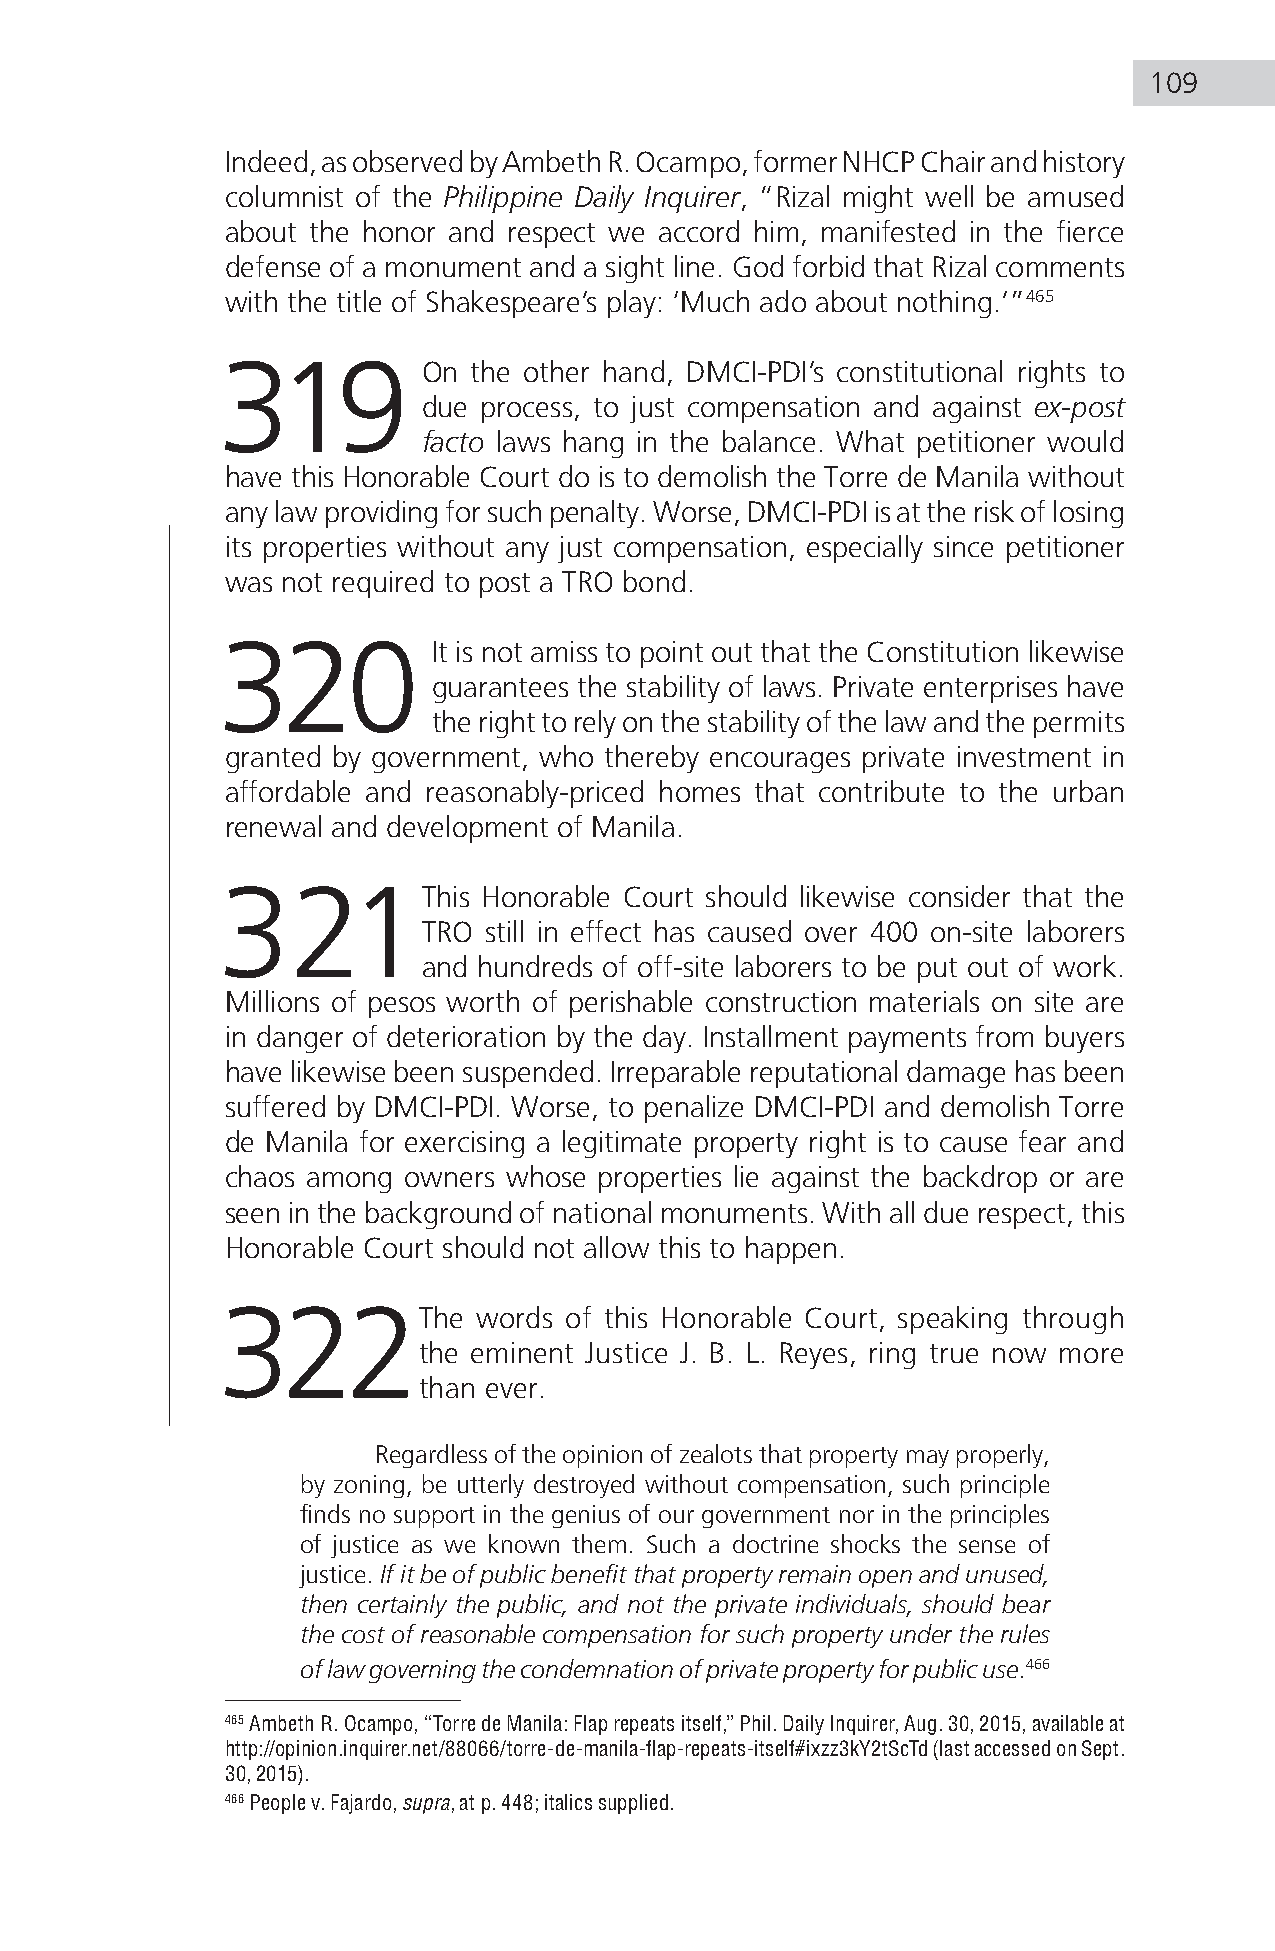
109
 Indeed, as observed by Ambeth R. Ocampo, former NHCP Chair and history
 columnist of the Philippine Daily Inquirer, “Rizal might well be amused
 about the honor and respect we accord him, manifested in the fierce
 defense of a monument and a sight line. God forbid that Rizal comments
 with the title of Shakespeare’s play: ‘Much ado about nothing.’”465
 319           On the other hand, DMCI-PDI’s constitutional rights to
 due process, to just compensation and against ex-post
 facto laws hang in the balance. What petitioner would
 have this Honorable Court do is to demolish the Torre de Manila without
 any law providing for such penalty. Worse, DMCI-PDI is at the risk of losing
 its properties without any just compensation, especially since petitioner
 was not required to post a TRO bond.
 320            It is not amiss to point out that the Constitution likewise
 guarantees the stability of laws. Private enterprises have
 the right to rely on the stability of the law and the permits
 granted by government, who thereby encourages private investment in
 affordable and reasonably-priced homes that contribute to the urban
 renewal and development of Manila.
 321This           Honorable Court should likewise consider that the
 TRO still in effect has caused over 400 on-site laborers
 and hundreds of off-site laborers to be put out of work.
 Millions of pesos worth of perishable construction materials on site are
 in danger of deterioration by the day. Installment payments from buyers
 have likewise been suspended. Irreparable reputational damage has been
 suffered by DMCI-PDI. Worse, to penalize DMCI-PDI and demolish Torre
 de Manila for exercising a legitimate property right is to cause fear and
 chaos among owners whose properties lie against the backdrop or are
 seen in the background of national monuments. With all due respect, this
 Honorable Court should not allow this to happen.
 322The            words of this Honorable Court, speaking through
 the eminent Justice J. B. L. Reyes, ring true now more
 than ever.
 Regardless of the opinion of zealots that property may properly,
 by zoning, be utterly destroyed without compensation, such principle
 finds no support in the genius of our government nor in the principles
 of justice as we known them. Such a doctrine shocks the sense of
 justice. If it be of public benefit that property remain open and unused,
 then certainly the public, and not the private individuals, should bear
 the cost of reasonable compensation for such property under the rules
 of law governing the condemnation of private property for public use.466
 465 Ambeth R. Ocampo, “Torre de Manila: Flap repeats itself,” Phil. Daily Inquirer, Aug. 30, 2015, available at
 http://opinion.inquirer.net/88066/torre-de-manila-flap-repeats-itself#ixzz3kY2tScTd (last accessed on Sept.
 30, 2015).
 466 People v. Fajardo, supra, at p. 448; italics supplied.